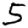
Digit: 5